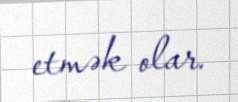
etmək olar.